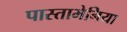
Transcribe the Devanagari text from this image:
पास्तामेनिया